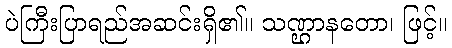
ပဲကြီးပြာရည်အဆင်းရှိ၏။ သဏ္ဌာနတော၊ ဖြင့်။